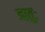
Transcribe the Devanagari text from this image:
ऋतुः